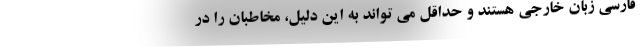
فارسی زبان خارجی هستند و حداقل می تواند به این دلیل، مخاطبان را در